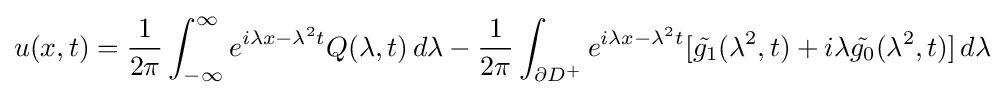
u(x,t)={\frac {1}{2\pi }}\int _{-\infty }^{\infty }e^{i\lambda x-\lambda ^{2}t}Q(\lambda ,t)\,d\lambda -{\frac {1}{2\pi }}\int _{\partial D^{+}}e^{i\lambda x-\lambda ^{2}t}[{\tilde {g_{1}}}(\lambda ^{2},t)+i\lambda {\tilde {g_{0}}}(\lambda ^{2},t)]\,d\lambda